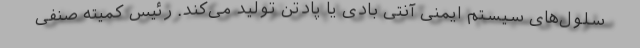
سلول‌های سیستم ایمنی آنتی بادی یا پادتن تولید می‌کند. رئیس کمیته صنفی